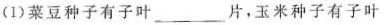
(1)菜豆种子有子叶___片，玉米种子有子叶